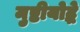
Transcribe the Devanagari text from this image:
मुष्टीयोद्धे